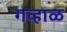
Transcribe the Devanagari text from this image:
गव्हाळ